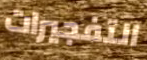
التفجيرات